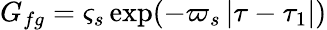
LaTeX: G_{fg}=\varsigma_{s}\exp(-\varpi_{s}\left|\tau-\tau_{1}\right|)